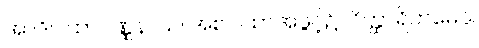
အာဒိဂါထာဝဏ္ဏနာယ၊ အစဂါထာအဖွင့်၌။ ဝိတ္ထာရိတမေဝ၊